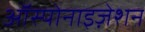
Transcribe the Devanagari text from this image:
ऑस्पोनाइज़ेशन